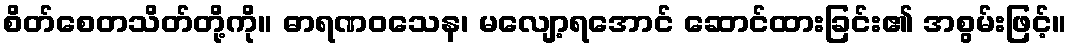
စိတ်စေတသိတ်တို့ကို။ ဓာရဏဝသေန၊ မလျော့ရအောင် ဆောင်ထားခြင်း၏ အစွမ်းဖြင့်။